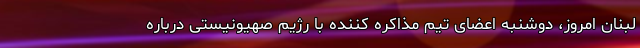
لبنان امروز، دوشنبه اعضای تیم مذاکره کننده با رژیم صهیونیستی درباره